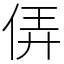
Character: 㑝